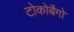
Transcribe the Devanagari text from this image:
टोकोबैगो